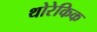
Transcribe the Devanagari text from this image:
थोरेकिक